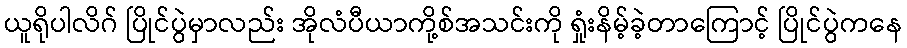
ယူရိုပါလိဂ် ပြိုင်ပွဲမှာလည်း အိုလံပီယာကို့စ်အသင်းကို ရှုံးနိမ့်ခဲ့တာကြောင့် ပြိုင်ပွဲကနေ